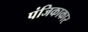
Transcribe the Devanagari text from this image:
पंजिकाकार